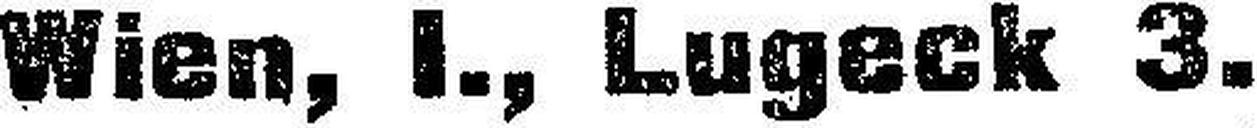
Wien, I., Lugeck 3.